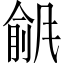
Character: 𫖾